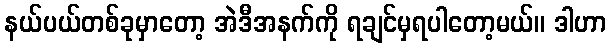
နယ်ပယ်တစ်ခုမှာတော့ အဲဒီအနက်ကို ရချင်မှရပါတော့မယ်။ ဒါဟာ